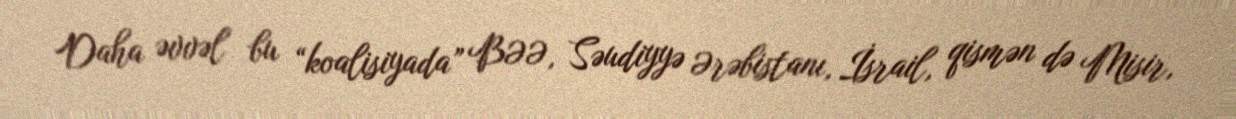
Daha əvvəl bu “koalisiyada” BƏƏ, Səudiyyə Ərəbistanı, İsrail, qismən də Misir,